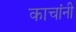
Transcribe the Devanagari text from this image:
काचांनी